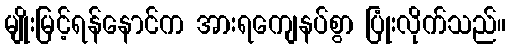
မျိုးမြင့်ရန်နောင်က အားရကျေနပ်စွာ ပြုံးလိုက်သည်။